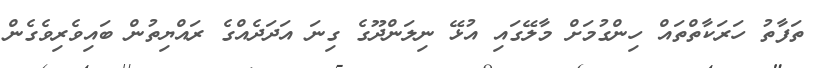
ތަފާތު ހަރަކާތްތައް ހިންގުމަށް މާލޭގައި އުޅޭ ނިލަންދޫގެ ގިނަ އަދަދެއްގެ ރައްޔިތުން ބައިވެރިވެގެން